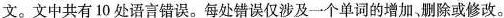
文。中共有 10 处语言错误.每处错误仅涉及一个单词的增加/删除或修改。